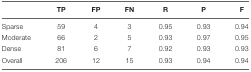
|  | TP | FP | FN | R | P | F |
 | --- | --- | --- | --- | --- | --- | --- |
 | Sparse | 59 | 4 | 3 | 0.95 | 0.93 | 0.94 |
 | Moderate | 66 | 2 | 5 | 0.93 | 0.97 | 0.95 |
 | Dense | 81 | 6 | 7 | 0.92 | 0.93 | 0.93 |
 | Overall | 206 | 12 | 15 | 0.93 | 0.94 | 0.94 |